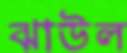
ঝাউল